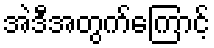
အဲဒီအတွက်ကြောင့်